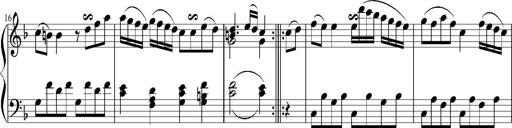
Title: 12 Sonatinas for Piano
Composer: Johann Baptist Vanhal